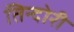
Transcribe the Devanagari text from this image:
तिन्दोरी